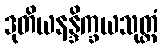
ဒုတိယနန္ဒိက္ခယသုတ္တံ